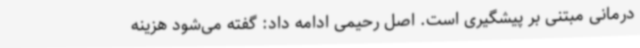
درمانی مبتنی بر پیشگیری است. اصل رحیمی ادامه داد: گفته می‌شود هزینه